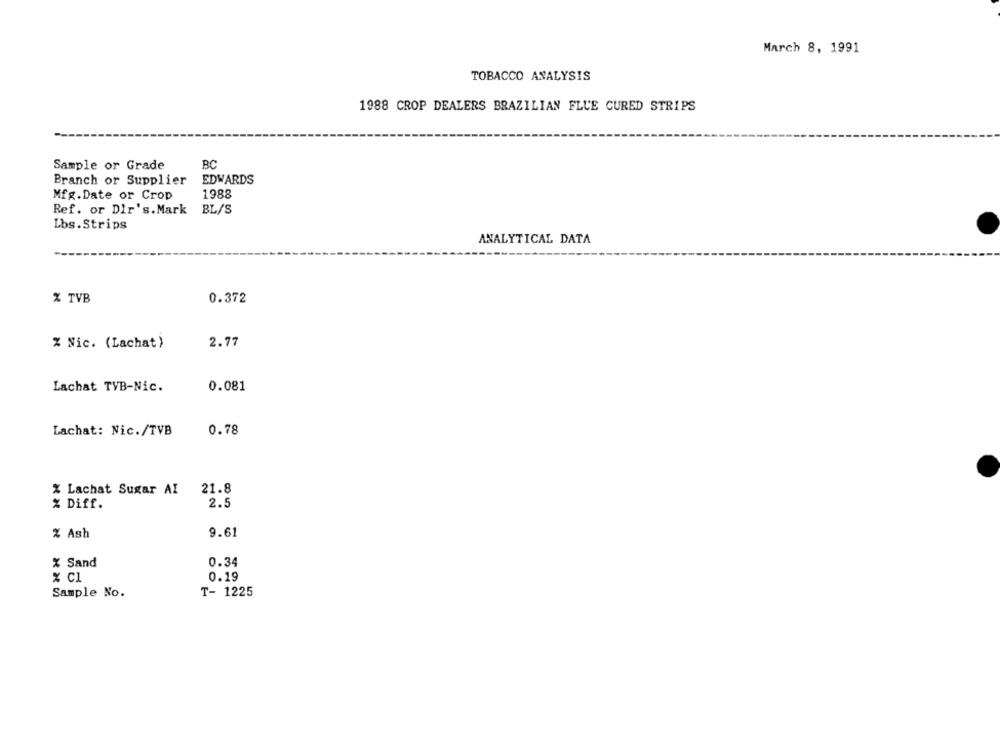
March 8, 1991
TOBACCO ANALYSIS
1988 CROP DEALERS BRAZILIAN FLUE CURED STRIPS
Sample or Grade
BC
Branch or Supplier
EDWARDS
Mfg.Date or Crop
1988
Ref. or Dir's. Mark BL/S
Lbs.Strips
ANALYTICAL DATA
% TVB
0.372
% Nic. (Lachat)
2.77
Lachat TVB-Nic.
0.081
Lachat: Nic./TVB
0.78
% Lachat Sugar AI
21.8
% Diff.
2.5
9.61
% Ash
% Sand
0.34
0.19
% c1
Sample No.
T- 1225